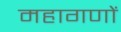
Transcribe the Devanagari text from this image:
महागणों